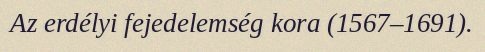
Az erdélyi fejedelemség kora (1567–1691).